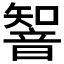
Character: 𲊨